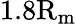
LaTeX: \mathrm{1.8R_{m}}